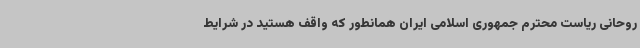
روحانی ریاست محترم جمهوری اسلامی ایران همانطور که واقف هستید در شرایط